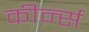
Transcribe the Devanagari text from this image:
कीर्न्स